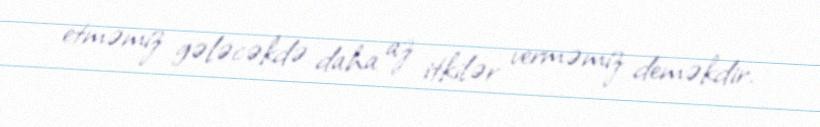
etməmiz gələcəkdə daha az itkilər verməmiz deməkdir.